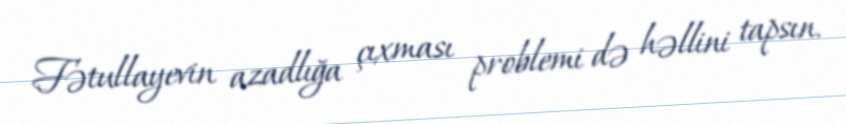
Fətullayevin azadlığa çıxması problemi də həllini tapsın.